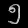
Digit: ၅